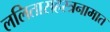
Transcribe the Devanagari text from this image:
ललितासहस्त्रनामात